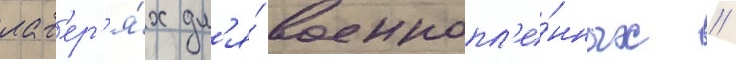
лаг'ер'я́х дл'я́ военнопл'е́нных //